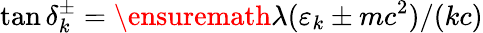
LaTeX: \tan\delta_{k}^{\pm}=\ensuremath{\lambda}(\varepsilon_{k}\pm mc^{2})/(kc)